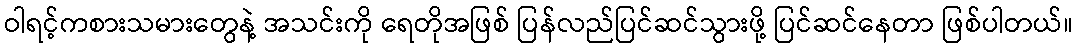
ဝါရင့်ကစားသမားတွေနဲ့ အသင်းကို ရေတိုအဖြစ် ပြန်လည်ပြင်ဆင်သွားဖို့ ပြင်ဆင်နေတာ ဖြစ်ပါတယ်။